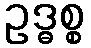
ဥဒ္ဓစ္စ